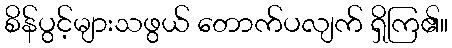
စိန်ပွင့်များသဖွယ် တောက်ပလျက် ရှိကြ၏။